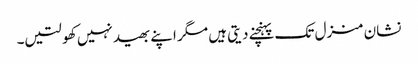
نشان منزل تک پہنچنے دیتی ہیں مگر اپنے بھید نہیں کھولتیں۔